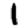
Digit: 1